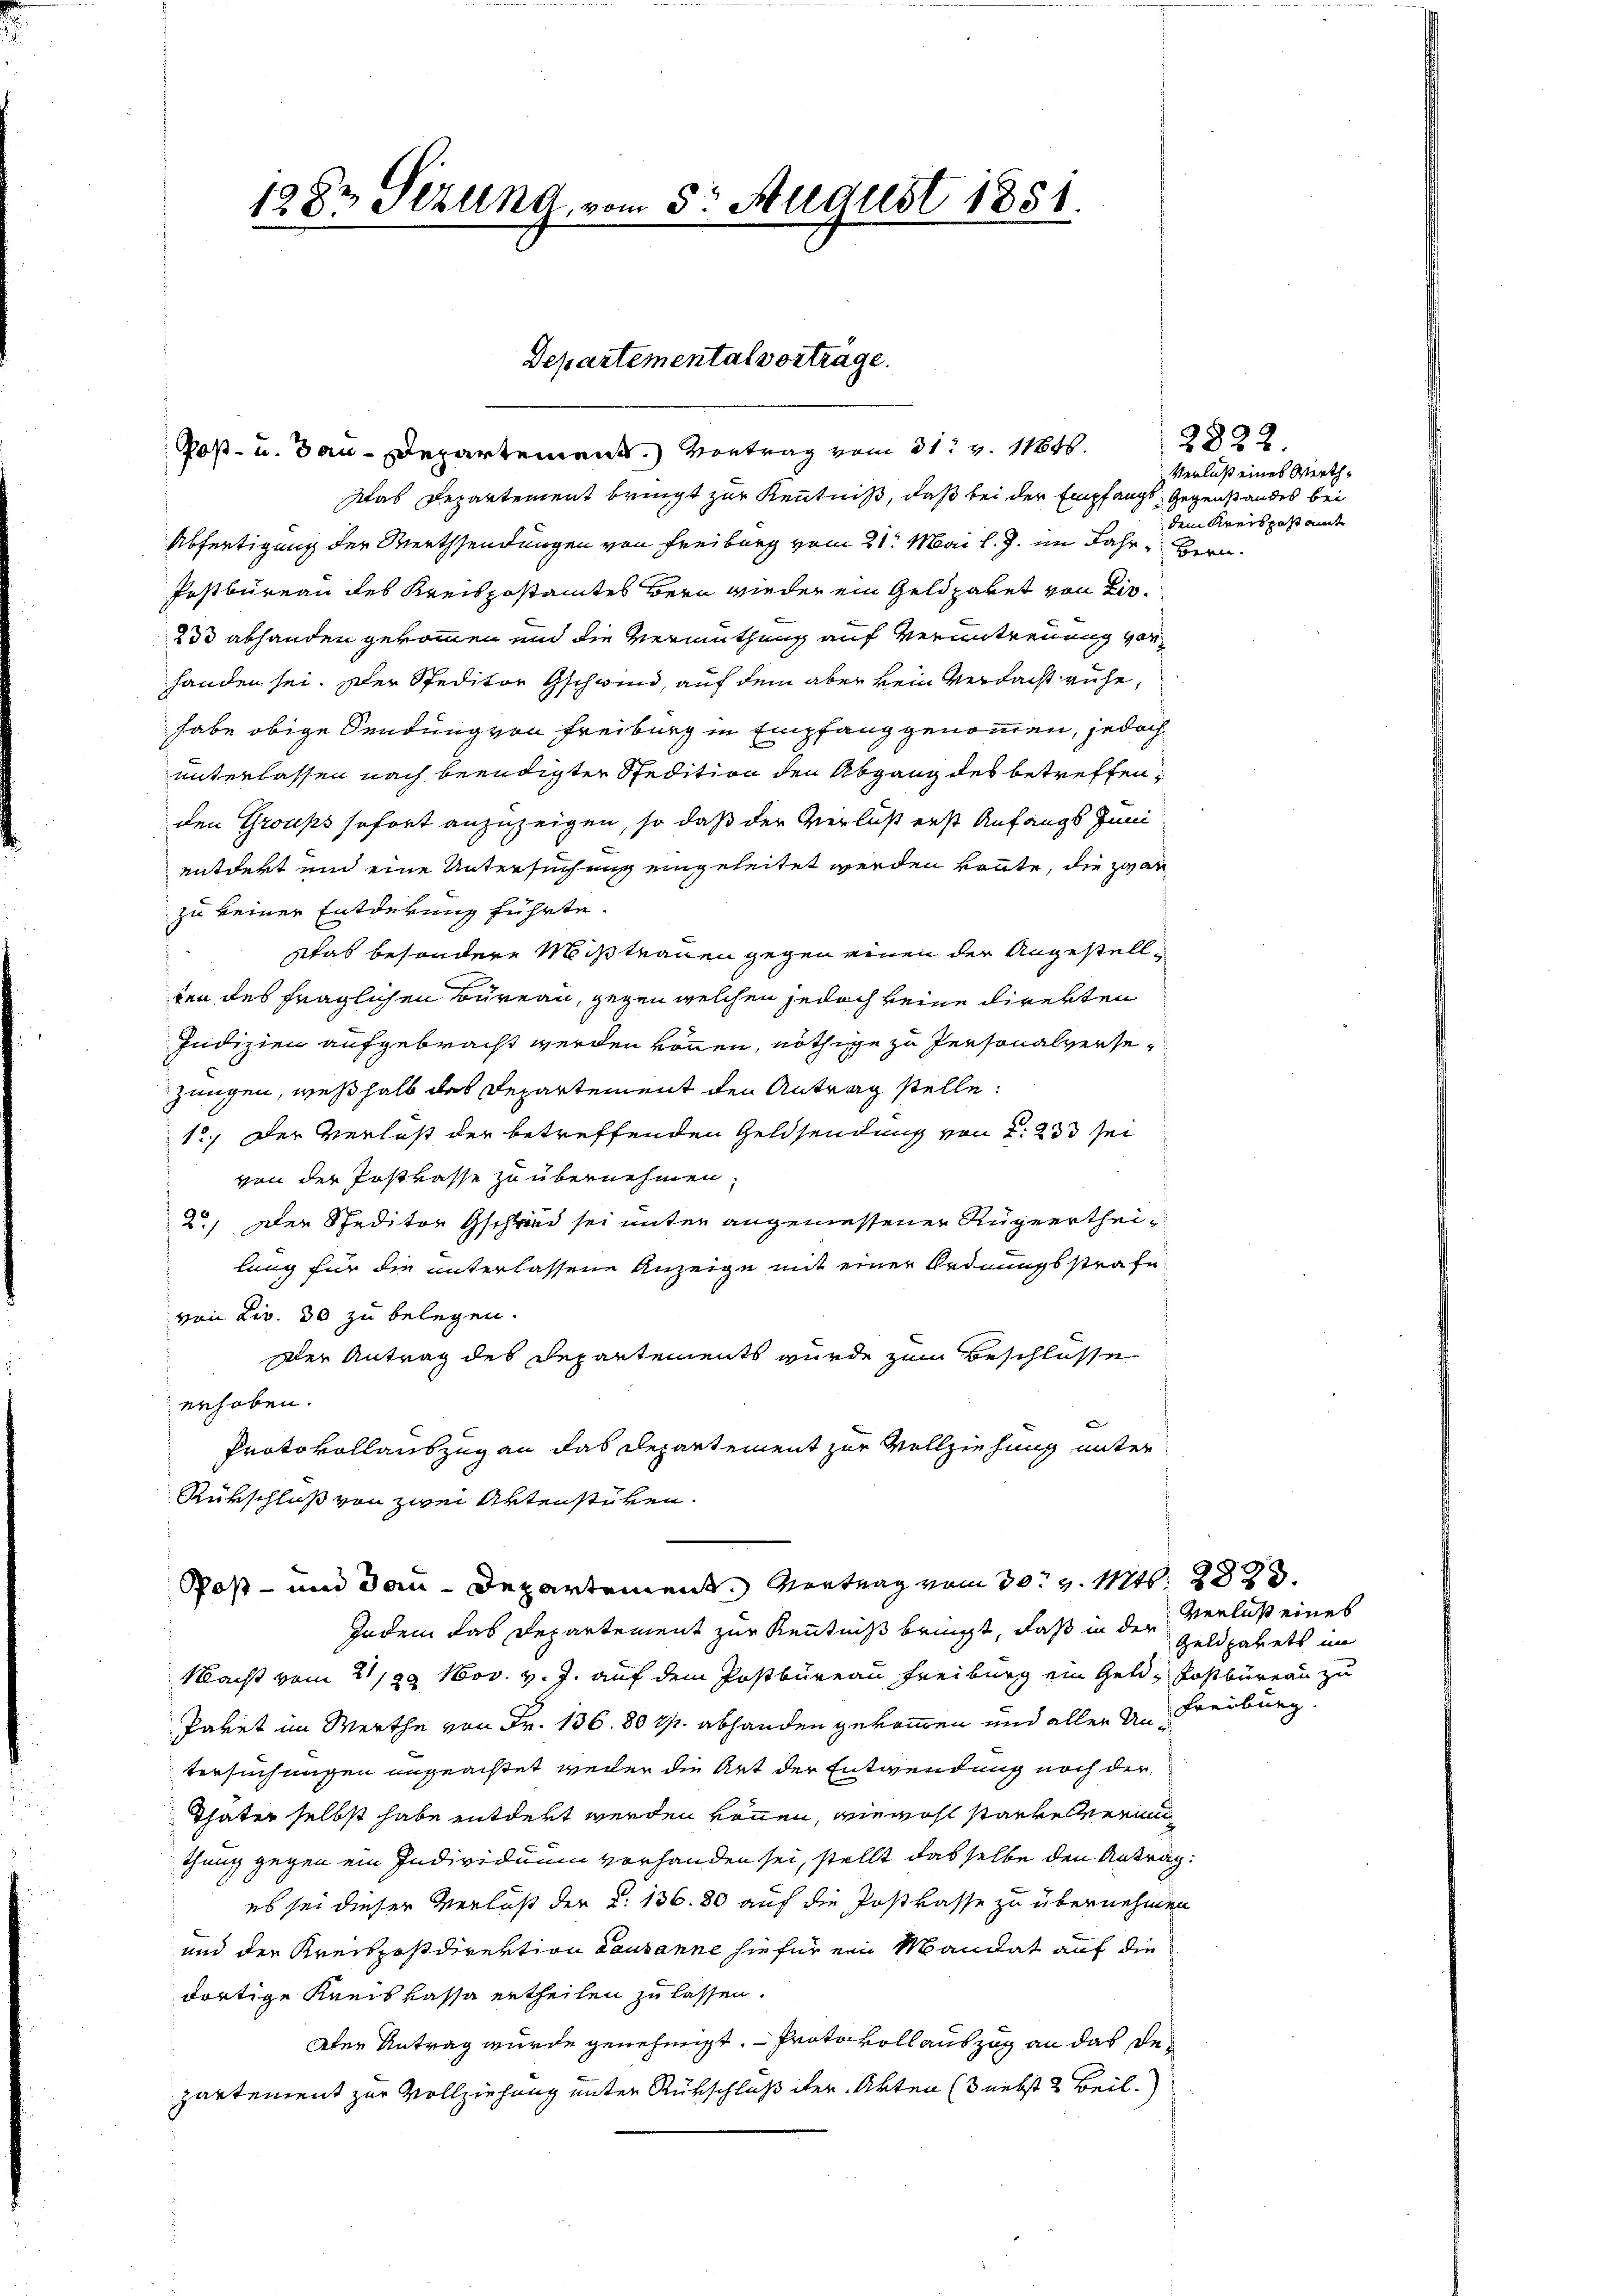
1283 Sezung, vom 5. August 1851

Goß- u. Bau-Departement.) Vortrag vom 31. v. 1184.
Was Departement bringt zur Kenntniß, daß bei der Empfangs Gegenstandes bei
Abfertigung der Werthsendungen von Freiburg vom 21. Mai l. J. im Jahr- Bern.
Postbureau des Kreispostamtes Bern wieder ein Geldpaket von Lie¬
238 abhanden gekommen und die Vermuthung auf Verantreuung von
handen sei. Der Speditor Gschwind, auf dem aber kein Verdacht ruhe,
habe obige Sendung von Freiburg in Empfang genommen, jedoch
unterlassen nach beendigter Spedition den Abgang des betreffenden Groups sofort anzuzeigen, so daß der Verlust erst Anfangs Juni
entdekt und eine Untersuchung eingeleitet werden könnte, die zwar
zu keiner Entderung führte.
was besondere Mißtrauen gegen einen der Angestellten des fraglichen Bureau, gegen welchen jedoch keine Direkten
Indizien aufgebracht werden können, nöthige zu Personalversezungen, weßhalb des Departement den Antrag stelle:
12. Der Verlust der betreffenden Geldsendung von d. 233 sei
von der Postkasse zu übernehmen,
2.) Der Speditor Gschwind sei unter angemessener Rügeertheilung für die unterlassene Anzeige mit einer Ordnungsstrafe
von Liv. 30 zu belegen.
Der Antrag des Departements wurde zum Beschlüsse
erhoben.
Protokollauszug an das Departement zur Vollziehung unter
Rükschluß von zwei Artenstüken.
Post- und dan Departement. Vortrag vom 30. v. Mts. 2823.
Indem das Departement zur Kenntniß bringt, daß in der Verluß eines
Macht vom 21/29 Nov. v. J. auf dem Postbureau Freiburg ein Geld, Postbüreau zu
Paket im Werthe von Fr. 136. 80 Rp. abhanden gekom̅en und aller Un-Freiburg.
tersuchungen ungeachtet weder die Art der Entwendung noch der
Thäter selbst habe entdert werden können, wiewohl starke verminthung gegen ein Individuum vorhanden sei, stellt dasselbe den Antrag:
es sei dieser Verlaß der §. 136. 80 auf die Postkasse zu übernehmen
und der Kreikpostdirektion Lausanne hiefür ein Mandat auf die
dortige Kreis kassa ertheilen zu lassen.
Der Antrag wurde genehmigt. - Protokoll auszug an das Departement zur Vollziehung unter Rükschluß der Akten (3 nebst 2 Beil.

Departemental vorträge.

Verlust eines Werthdem Kreispostamt

2822.

Geldparett im